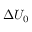
\Delta U _ { 0 }